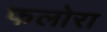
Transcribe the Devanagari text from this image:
फलोरा